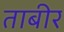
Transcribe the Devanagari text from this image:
ताबीर